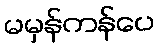
မမှန်ကန်ပေ